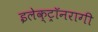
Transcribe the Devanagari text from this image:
इलेक्ट्रॉनरागी